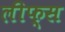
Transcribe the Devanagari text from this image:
लीफ्स